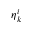
\eta _ { k } ^ { i }